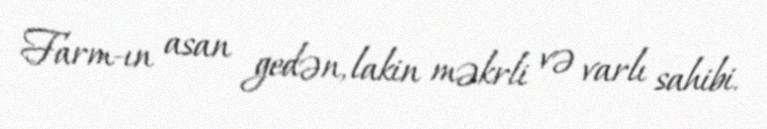
Farm-ın asan gedən, lakin məkrli və varlı sahibi.